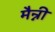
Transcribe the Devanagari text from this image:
मैन्नी